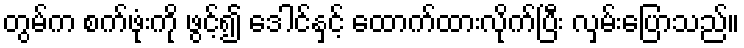
တွမ်က စက်ဖုံးကို ဖွင့်၍ ဒေါင်နှင့် ထောက်ထားလိုက်ပြီး လှမ်းပြောသည်။